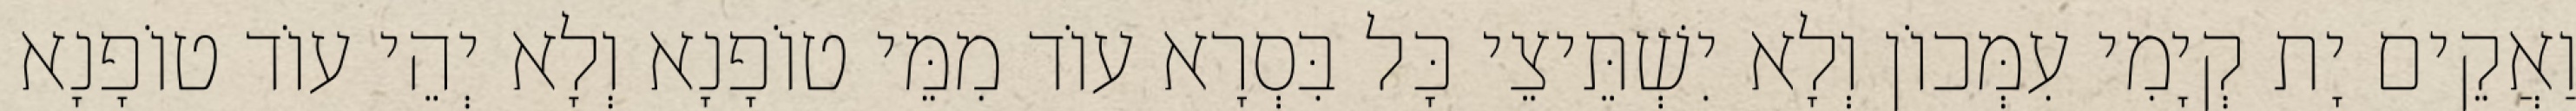
וַאֲקֵים יָת קְיָמִי עִמְּכוֹן וְלָא יִשְׁתֵּיצֵי כָּל בִּסְרָא עוֹד מִמֵּי טוֹפָנָא וְלָא יְהֵי עוֹד טוֹפָנָא